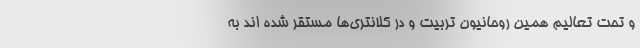
و تحت تعالیم همین روحانیون تربیت و در کلانتری‌ها مستقر شده اند به